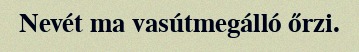
Nevét ma vasútmegálló őrzi.